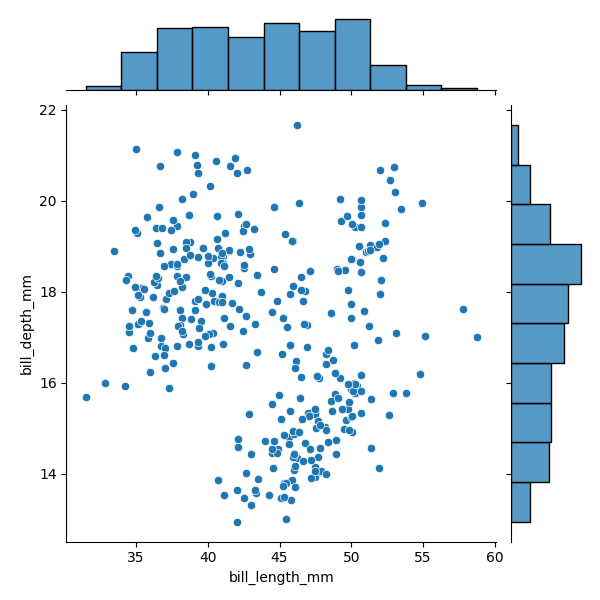
python, seaborn, JointGrid, scatterplot, histplot